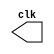
// ------------------------- 
// Guia09 - exe 03 
// Nome: Lorena Danielle Gonalves Bento 
// ------------------------- 

//------
//--Contador decdico decrescente 
//------


module clock ( clk ); 
	output clk; 
	reg clk; 
	initial begin 
	clk = 1'b0; 
end 

always begin 
	#12 clk = ~clk; 
end 

endmodule 



module fliplopT (s, not01, fpt, clk, preset,  clear); 
	output s, not01;
	input fpt, clk, preset, clear;
	reg s, not01; 
	always @( posedge clk ) 
	begin 
		if ( ~clear ) 
	begin 
		s <= 0; not01 <= ~s; 
	end 
		else 
			if ( ~preset ) 
	begin 
			s <= 1; not01 <= ~s; 
	end 
	
	else 
	begin 
		if ( fpt ) 
		begin 
		s <= ~s; not01 <= ~s; 
		end 
	end 
	end 
	endmodule // fliplopT 
	

//--Contador decdico decrescente

module decacdico (output [4:0]s, input fpt, input clk, input preset, input clear);
wire not02;

//--Assign - portas 
   not (snot1,preset);
	not (snot2,nots);
	and (sand1,nots,snot2);
	or (snot1,snot2,sand1);

	fliplopT f1 (s[0], not02, fpt, clk, preset, snot1);
	fliplopT f2 (s[1], not02, fpt, s[0], preset, snot1);
	fliplopT f3 (s[2], not02, fpt, s[1], preset, snot1);
	fliplopT f4 (s[3], not02, fpt, s[2], preset, snot1);
	fliplopT f5 (s[4], not02, fpt, clk, preset, snot1);

endmodule


//--Fim Contador decdico decrescente

module test_ex;
reg clear, fpt, preset;
	wire clk;
	wire [4:0] s;
	
	clock clk01 (clk);
	decacdico dec (s, fpt, clk, preset, clear);
	initial begin
		#1 clear = 1; fpt = 0; preset = 1;

		
		$display("Exercicio03 - Lorena Danielle Gonalves Bento - 435049");
		$monitor("%1b   %5b %1b  %1b   %1b", clk, s, fpt, clear, preset);
		
		#20 clear = 1; preset = 0;
		#20 preset = 1;
		#400 $finish;
	end

endmodule